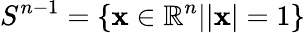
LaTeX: S^{n-1}=\{ {\mathbf x}\in\mathbb{R}^{n}||{\mathbf x}|=1\}